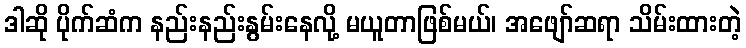
ဒါဆို ပိုက်ဆံက နည်းနည်းနွမ်းနေလို့ မယူတာဖြစ်မယ်၊ အဖျော်ဆရာ သိမ်းထားတဲ့